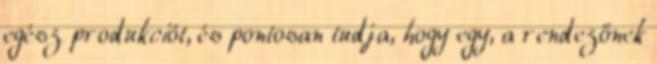
egész produkciót, és pontosan tudja, hogy egy, a rendezőnek